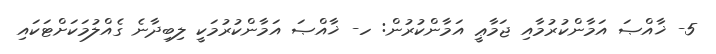
5- ޚާއްޞަ އަމާންކުރުމާއި ޖަމާޢީ އަމާންކުރުން: ހ- ޚާއްޞަ އަމާންކުރުމަކީ ލިބިދާނެ ގެއްލުމަކަށްޓަކައި